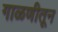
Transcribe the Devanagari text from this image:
गाळणीतून